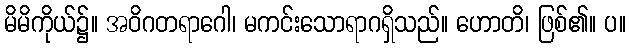
မိမိကိုယ်၌။ အဝိဂတရာဂေါ၊ မကင်းသောရာဂရှိသည်။ ဟောတိ၊ ဖြစ်၏။ ပ။